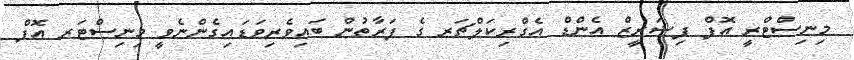
މިނިސްޓްރީ އޮފް ފިޝަރީޒް އެންޑް އެގްރިކަލްޗަރ ގެ ފަރާތުން ބައިވެރިވަޑައިގެންނެވީ މިނިސްޓަރ އޮފް